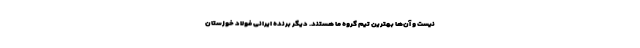
نیست و آن‌ها بهترین تیم گروه ما هستند. دیگر برنده ایرانی فولاد خوزستان